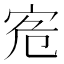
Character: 𡧭